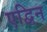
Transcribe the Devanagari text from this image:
एद्विन